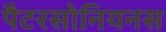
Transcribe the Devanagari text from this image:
पैटरसोनियनस